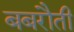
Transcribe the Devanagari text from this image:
बबरौती